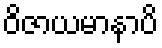
ဝိဇာယမာနာပိ